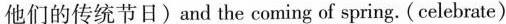
他们的传统节日) and the coming of spring.(celebrate)